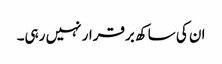
ان کی ساکھ برقرار نہیں رہی۔